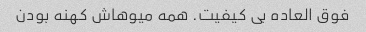
فوق العاده بی کیفیت. همه میوهاش کهنه بودن